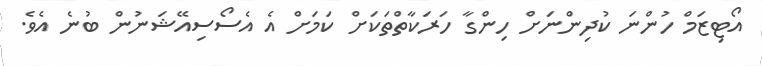
އޯޓިޒަމް ހުންނަ ކުދިންނަށް ހިންގާ ހަރަކާތްތަކަށް ކަމަށް އެ އެސޯސިއޭޝަނުން ބުނެ އެވެ.